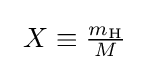
\ X\equiv {\tfrac {m_{{\ce {H}}}}{M}}\